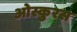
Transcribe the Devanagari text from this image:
ओस्कुरस